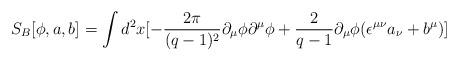
LaTeX: \begin{align*}S_{B} [\phi ,a,b]=\int d ^{2} x [- \frac {2 \pi}{(q-1)^{2}} \partial _{\mu} \phi \partial ^ {\mu}\phi +\frac {2}{q-1} \partial _{\mu}\phi (\epsilon ^ {\mu \nu } a _ {\nu} +b ^ {\mu} )]\end{align*}